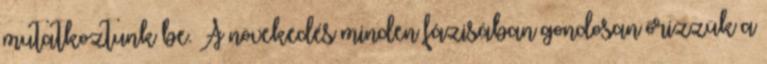
mutatkoztunk be. A növekedés minden fázisában gondosan őrizzük a